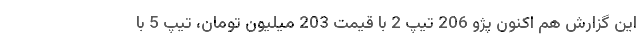
این گزارش هم اکنون پژو 206 تیپ 2 با قیمت 203 میلیون تومان، تیپ 5 با